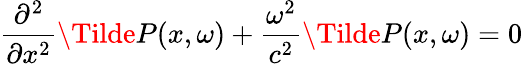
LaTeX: \frac{\partial^{2}}{\partial x^{2}}\Tilde{P}(x,\omega)+\frac{\omega^{2}}{c^{2}}\Tilde{P}(x,\omega)=0